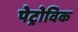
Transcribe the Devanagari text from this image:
पेट्रोविक